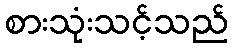
စားသုံးသင့်သည်